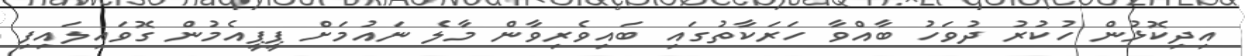
އިދިކޮޅުން ހުކުރު ދުވަހު ބާއްވާ ހަރަކާތުގައި ބައިވެރިވާން މާލެ ނައުމަށް ޕީޕީއެމުން ގޮވައިލައިފި